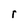
Character: r